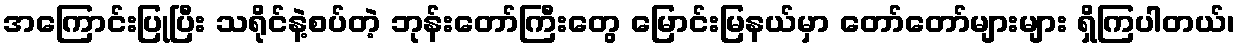
အကြောင်းပြုပြီး သရိုင်နဲ့စပ်တဲ့ ဘုန်းတော်ကြီးတွေ မြောင်းမြနယ်မှာ တော်တော်များများ ရှိကြပါတယ်၊